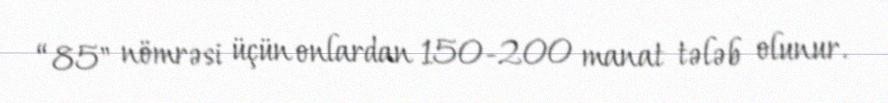
“85" nömrəsi üçün onlardan 150-200 manat tələb olunur.